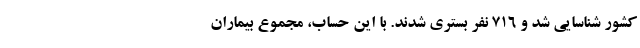
کشور شناسایی شد و ۷۱۶ نفر بستری شدند. با این حساب، مجموع بیماران